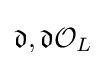
{\mathfrak {d}},{\mathfrak {d}}{\mathcal {O}}_{L}